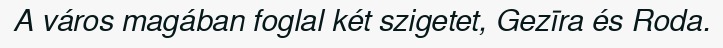
A város magában foglal két szigetet, Gezīra és Roda.